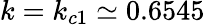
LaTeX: k=k_{c1}\simeq 0.6545